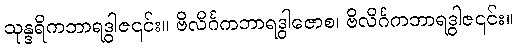
သုန္ဒရိကဘာရဒွါဇ၎င်း။ ဗိလိင်္ဂကဘာရဒွါဇောစ၊ ဗိလိင်္ဂကဘာရဒွါဇ၎င်း။